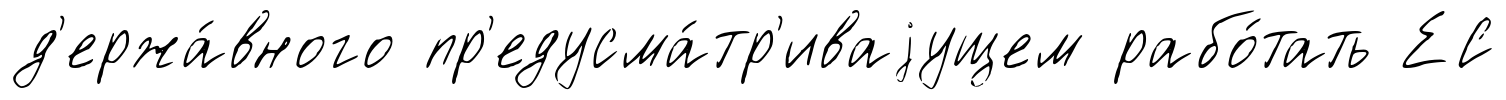
д'ержа́вного пр'едусма́тр'иваjущем рабо́тать ЕС